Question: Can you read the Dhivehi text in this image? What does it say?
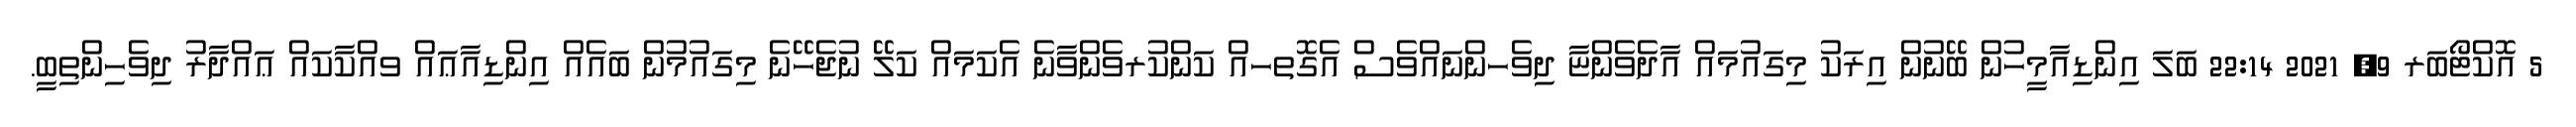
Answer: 5 އޮކްޓޯބަރ 9, 2021 22:14 ބަލަ އިންޑިއާމީހުން ބޭނުން އިރަކު މިގައުމައް އާދެވެންޏާ ދިވެހންނައްވެސް އެގޮތހއް ކަންކުރވެންވާނެ އެކަމައް ކަލޭ ނުޖެހޭނެ މިގައުމުން ބައެއް އިންޑިއާޢައް ވއްކާކައް ޢައްދާރު ދިވެހިންތިބީ.